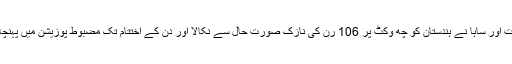
روہت اور ساہا نے ہندستان کو چھ وکٹ پر 106 رن کی نازک صورت حال سے نکالا اور دن کے اختتام تک مضبوط پوزیشن میں پہنچا دیا۔